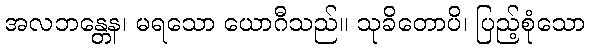
အလဘန္တေန၊ မရသော ယောဂီသည်။ သုခိတောပိ၊ ပြည့်စုံသော